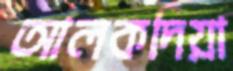
আলকদিয়া